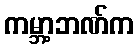
ကမ္ဘာ့ဘဏ်က